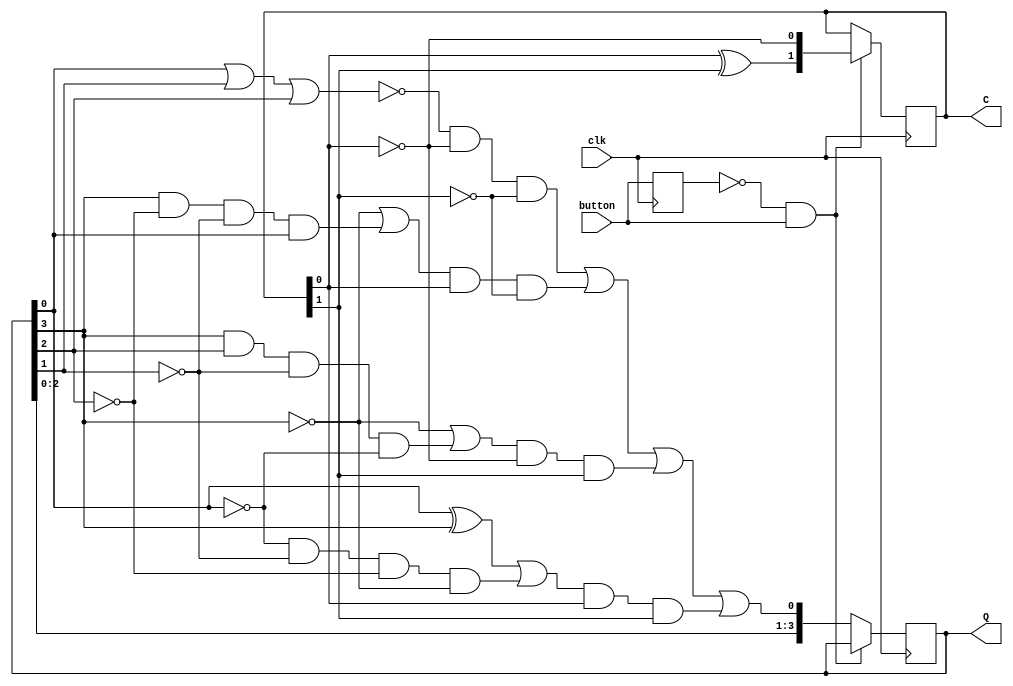
module top_adder(
    input clk,
    input button,
    output [1:0] C,
    output [3:0] Q
    );
    reg [3:0]Q;
    reg [1:0]C;
    reg before;

    wire D;
    wire [3:0]inD;
    wire [3:0]tempQ;
    wire [1:0]tempC;

    always@(posedge clk)
    begin
        if(~before&button)
          C[1:0]<=tempC[1:0];
        else
          Q[3:0]<=tempQ[3:0];
        before<=button;
    end

    assign inD[0]=~(Q[0]|Q[1]|Q[2]);
    assign inD[1]=~(Q[3])|(Q[3]&~Q[2]&~Q[1]&Q[0]);
    assign inD[2]=~(Q[3])|(Q[3]&Q[2]&~Q[1]&~Q[0]);
    assign inD[3]=(Q[0]^Q[3])|(~Q[0]&~Q[1]&~Q[2]&~Q[3]);
    assign D=(inD[0]&~C[0]&~C[1])|(inD[1]&C[0]&~C[1])|(inD[2]&~C[0]&C[1])|(inD[3]&C[0]&C[1]);

    assign tempQ[0]=D;
    assign tempQ[1]=Q[0];
    assign tempQ[2]=Q[1];
    assign tempQ[3]=Q[2];

    assign tempC[0]=~C[0];
    assign tempC[1]=C[0]^C[1];

    endmodule